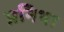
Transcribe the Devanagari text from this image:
प्रनिथा